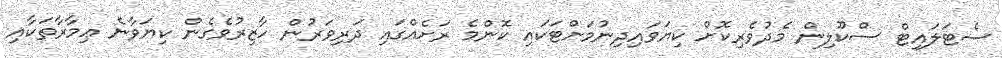
ސެޓަލައިޓް ސްކޫލިން މެދުވެރިކޮށް ކިޔަވައިދިނުމަށްޓަކައި ކޮންމެ ރަށެއްގައި ދަރިވަރުން ހާޒިރުވެގެން ކިޔަވާނެ ޢިމާރާތަކާއި